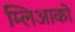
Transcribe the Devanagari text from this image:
म्लिआको